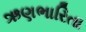
ઋણભારિતા